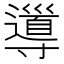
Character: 𡭎